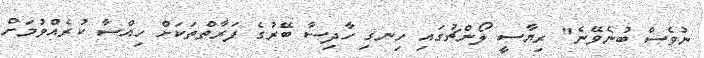
ނުވެސް ބުނެވޭނެ" ރިޔާސީ ލޯންޗުގައި ހިނގި ހާދިސާ ބޭރުގެ ފަރާތްތަކަށް ހިއްސާ ކުރެއްވުމަށް